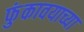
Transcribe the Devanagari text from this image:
फुंकावयाच्या